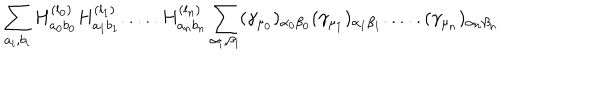
LaTeX: \sum _ { a _ { i } , b _ { i } } H _ { a _ { 0 } b _ { 0 } } ^ { ( l _ { 0 } ) } H _ { a _ { 1 } b _ { 1 } } ^ { ( l _ { 1 } ) } . . . . . H _ { a _ { n } b _ { n } } ^ { ( l _ { n } ) } \sum _ { \alpha _ { i } , \beta _ { i } } ( \gamma _ { \mu _ { 0 } } ) _ { \alpha _ { 0 } \beta _ { 0 } } ( \gamma _ { \mu _ { 1 } } ) _ { \alpha _ { 1 } \beta _ { 1 } } . . . . . ( \gamma _ { \mu _ { n } } ) _ { \alpha _ { n } \beta _ { n } }